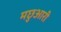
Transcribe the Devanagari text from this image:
मछुआरी